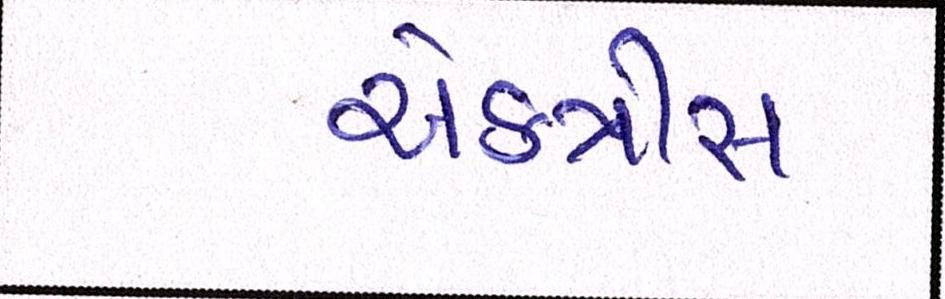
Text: એકત્રીત